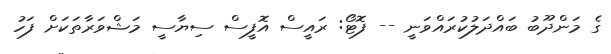
ގެ މަންދޫބު ބައްދަލުކުރައްވަނީ -- ފޮޓޯ: ރައީސް އޮފީސް ސިޔާސީ މަޝްވަރާތަކަށް ފަހު